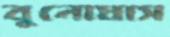
বুনোঘাস